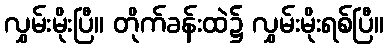
လွှမ်းမိုးပြီ။ တိုက်ခန်းထဲ၌ လွှမ်းမိုးရစ်ပြီ။